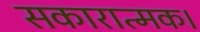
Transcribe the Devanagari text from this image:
सकारात्मक।